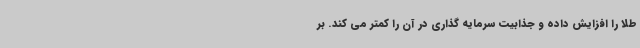
طلا را افزایش داده و جذابیت سرمایه گذاری در آن را کمتر می کند. بر